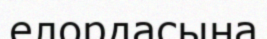
елордасына